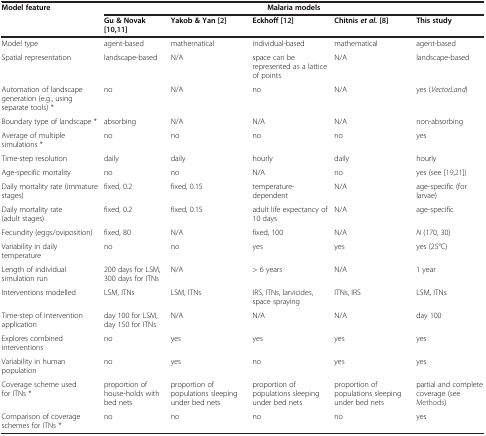
| Model feature | <COLSPAN=5> Malaria models |
 |  | Gu &Novak[10,11] | Yakob &Yan[2] | Eckhoff[12] | Chitnis et al.[8] | This study |
 | --- | --- | --- | --- | --- | --- |
 | Model type | agent-based | mathematical | individual-based | mathematical | agent-based |
 | Spatial representation | landscape-based | N/A | space can be represented as a lattice of points | N/A | landscape-based |
 | Automation of landscape generation (e.g., using separate tools) * | no | N/A | no | N/A | yes (VectorLand) |
 | Boundary type of landscape * | absorbing | N/A | N/A | N/A | non-absorbing |
 | Average of multiple simulations * | no | no | no | no | yes |
 | Time-step resolution | daily | daily | hourly | daily | hourly |
 | Age-specific mortality | no | no | N/A | no | yes (see [19,21]) |
 | Daily mortality rate (immature stages) | fixed, 0.2 | fixed, 0.15 | temperature-dependent | N/A | age-specific (for larvae) |
 | Daily mortality rate (adult stages) | fixed, 0.2 | fixed, 0.15 | adult life expectancy of 10 days | N/A | age-specific |
 | Fecundity (eggs/oviposition) | fixed, 80 | N/A | fixed, 100 | N/A | N (170, 30) |
 | Variability in daily temperature | no | no | yes | yes | yes (25°C) |
 | Length of individual simulation run | 200 days for LSM, 300 days for ITNs | N/A | > 6 years | N/A | 1 year |
 | Interventions modelled | LSM, ITNs | LSM, ITNs | IRS, ITNs, larvicides, space spraying | ITNs, IRS | LSM, ITNs |
 | Time-step of intervention application | day 100 for LSM, day 150 for ITNs | N/A | N/A | N/A | day 100 |
 | Explores combined interventions | no | yes | yes | yes | yes |
 | Variability in human population | no | yes | no | yes | yes |
 | Coverage scheme used for ITNs * | proportion of house-holds with bed nets | proportion of populations sleeping under bed nets | proportion of populations sleeping under bed nets | proportion of populations sleeping under bed nets | partial and complete coverage (see Methods) |
 | Comparison of coverage schemes for ITNs * | no | no | no | no | yes |